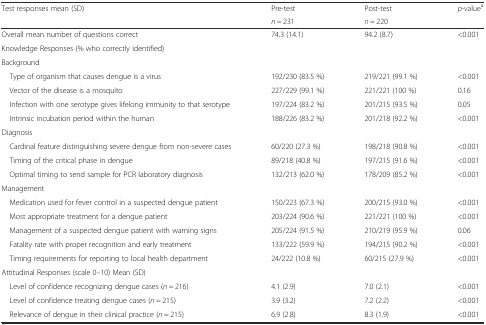
| <ROWSPAN=2> Test responses mean (SD) | Pre-test | Post-test | <ROWSPAN=2> p-valuea |
 | n = 231 | n = 220 |
 | --- | --- | --- | --- |
 | Overall mean number of questions correct | 74.3 (14.1) | 94.2 (8.7) | <0.001 |
 | <COLSPAN=4> Knowledge Responses (% who correctly identified) |
 | <COLSPAN=4> Background |
 | Type of organism that causes dengue is a virus | 192/230 (83.5 %) | 219/221 (99.1 %) | <0.001 |
 | Vector of the disease is a mosquito | 227/229 (99.1 %) | 221/221 (100 %) | 0.16 |
 | Infection with one serotype gives lifelong immunity to that serotype | 197/224 (83.2 %) | 201/215 (93.5 %) | 0.05 |
 | Intrinsic incubation period within the human | 188/226 (83.2 %) | 201/218 (92.2 %) | <0.001 |
 | <COLSPAN=4> Diagnosis |
 | Cardinal feature distinguishing severe dengue from non-severe cases | 60/220 (27.3 %) | 198/218 (90.8 %) | <0.001 |
 | Timing of the critical phase in dengue | 89/218 (40.8 %) | 197/215 (91.6 %) | <0.001 |
 | Optimal timing to send sample for PCR laboratory diagnosis | 132/213 (62.0 %) | 178/209 (85.2 %) | <0.001 |
 | <COLSPAN=4> Management |
 | Medication used for fever control in a suspected dengue patient | 150/223 (67.3 %) | 200/215 (93.0 %) | <0.001 |
 | Most appropriate treatment for a dengue patient | 203/224 (90.6 %) | 221/221 (100 %) | <0.001 |
 | Management of a suspected dengue patient with warning signs | 205/224 (91.5 %) | 210/219 (95.9 %) | 0.06 |
 | Fatality rate with proper recognition and early treatment | 133/222 (59.9 %) | 194/215 (90.2 %) | <0.001 |
 | Timing requirements for reporting to local health department | 24/222 (10.8 %) | 60/215 (27.9 %) | <0.001 |
 | <COLSPAN=4> Attitudinal Responses (scale 0–10) Mean (SD) |
 | Level of confidence recognizing dengue cases (n = 216) | 4.1 (2.9) | 7.0 (2.1) | <0.001 |
 | Level of confidence treating dengue cases (n = 215) | 3.9 (3.2) | 7.2 (2.2) | <0.001 |
 | Relevance of dengue in their clinical practice (n = 215) | 6.9 (2.8) | 8.3 (1.9) | <0.001 |